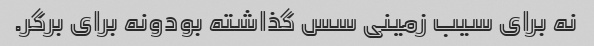
نه برای سیب زمینی سس گذاشته بودونه برای برگر.